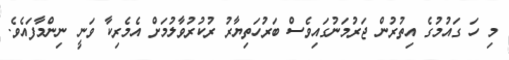
މި ހަ ގައުމުގެ އިތުރުން ޖަރުމަނުގައިވެސް ބަރުހަތިޔާރު ރުކުރުވާލުމަށް އެމެރިކާ ވަނީ ނިންމާފައެވެ.